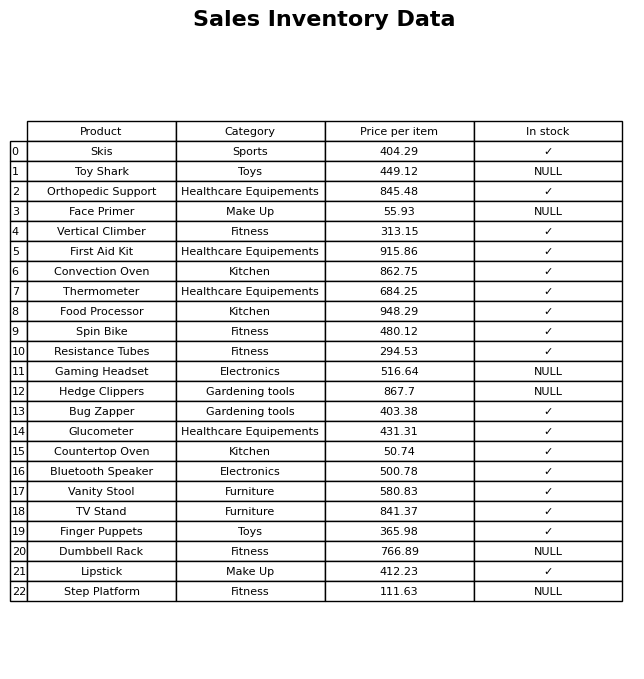
question: What is the price of the Spin Bike?
answer: The price of Spin Bike is 480.12.